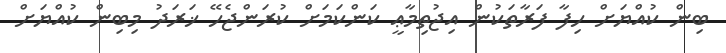
ބިން ކުއްޔަށް ހިފާ ފަރާތަކުން އިޖުތިމާޢީ ކަންކަމަށް ކުރަންޖެހޭ ޚަރަދު މިބިން ކުއްޔަށް